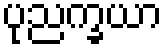
ပုညက္ခယာ